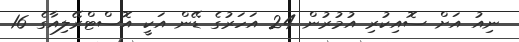
ނިއު އަށް ސޮއިކުރި އުމުރުން 24 އަހަރުގެ ޑޭން އަކީ އޮސްޓްރޭލިއާގެ 16